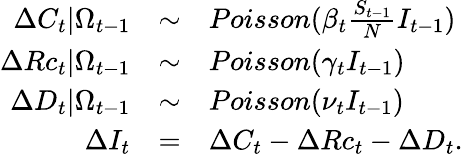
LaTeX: \begin{array}{rcl}{\Delta C_{t}|\Omega_{t-1}}&{\sim}&{Poisson(\beta_{t}\frac{S_{t-1}}{N}I_{t-1})}\\ {\Delta Rc_{t}|\Omega_{t-1}}&{\sim}&{Poisson(\gamma_{t}I_{t-1})}\\ {\Delta D_{t}|\Omega_{t-1}}&{\sim}&{Poisson(\nu_{t}I_{t-1})}\\ {\Delta I_{t}}&{=}&{\Delta C_{t}-\Delta Rc_{t}-\Delta D_{t}.}\end{array}